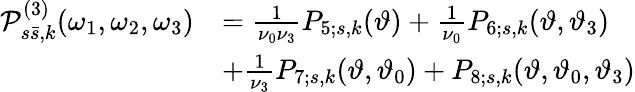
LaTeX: \begin{array}{rl}{\mathcal{P}_{s\bar{s},k}^{(3)}(\omega_{1},\omega_{2},\omega_{3})}&{=\frac{1}{\nu_{0}\nu_{3}}P_{5;s,k}(\vartheta)+\frac{1}{\nu_{0}}P_{6;s,k}(\vartheta,\vartheta_{3})}\\ &{+\frac{1}{\nu_{3}}P_{7;s,k}(\vartheta,\vartheta_{0})+P_{8;s,k}(\vartheta,\vartheta_{0},\vartheta_{3})}\end{array}